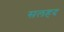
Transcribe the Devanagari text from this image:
सलहद